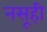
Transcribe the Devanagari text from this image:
नसूही